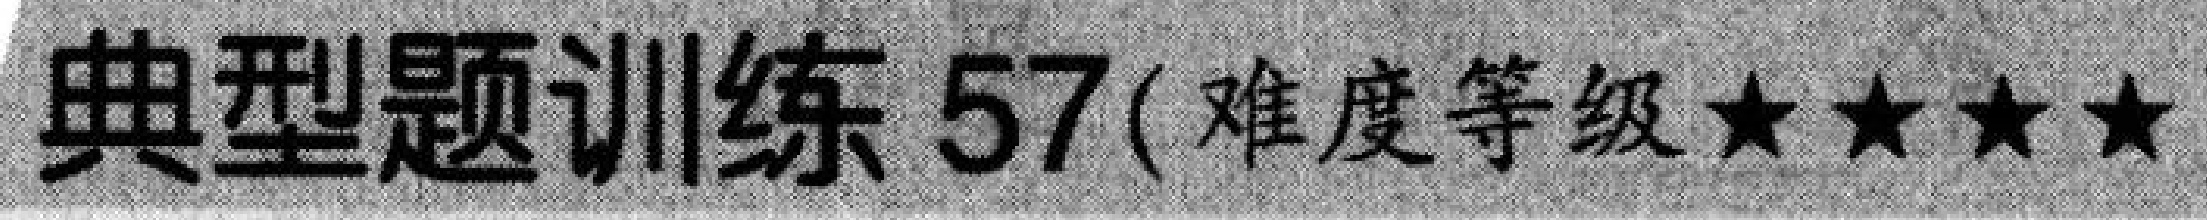
典型题训练 57(难度等级★★★★)